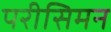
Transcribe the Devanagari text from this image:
परीसिमन